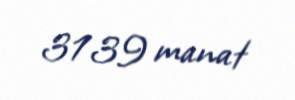
3139 manat